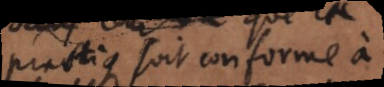
pratique soit conforme à